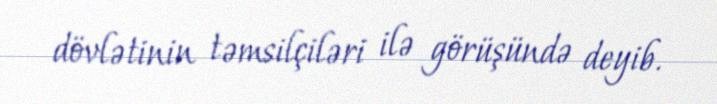
dövlətinin təmsilçiləri ilə görüşündə deyib.